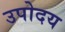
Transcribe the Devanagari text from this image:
उपोदय